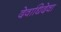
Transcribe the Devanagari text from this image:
देवाधिदेवा